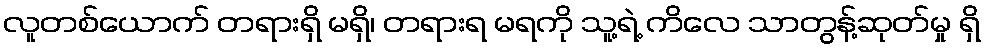
လူတစ်ယောက် တရားရှိ မရှိ၊ တရားရ မရကို သူ့ရဲ့ ကိလေ သာတွန့်ဆုတ်မှု ရှိ